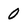
Character: 0